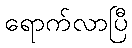
ရောက်လာပြီ